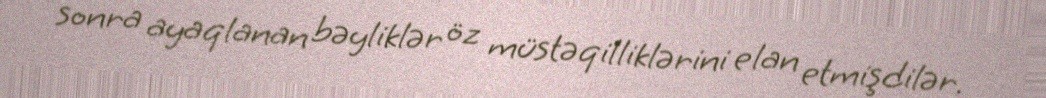
sonra ayaqlanan bəyliklər öz müstəqilliklərini elan etmişdilər.